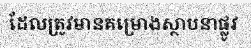
ដែលត្រូវមានគម្រោងស្ថាបនាផ្លូវ